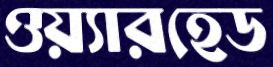
ওয়্যারহেড